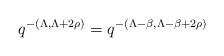
LaTeX: \begin{align*}q^{-(\Lambda,\Lambda+2\rho)}=q^{-(\Lambda-\beta,\Lambda-\beta+2\rho)}\end{align*}